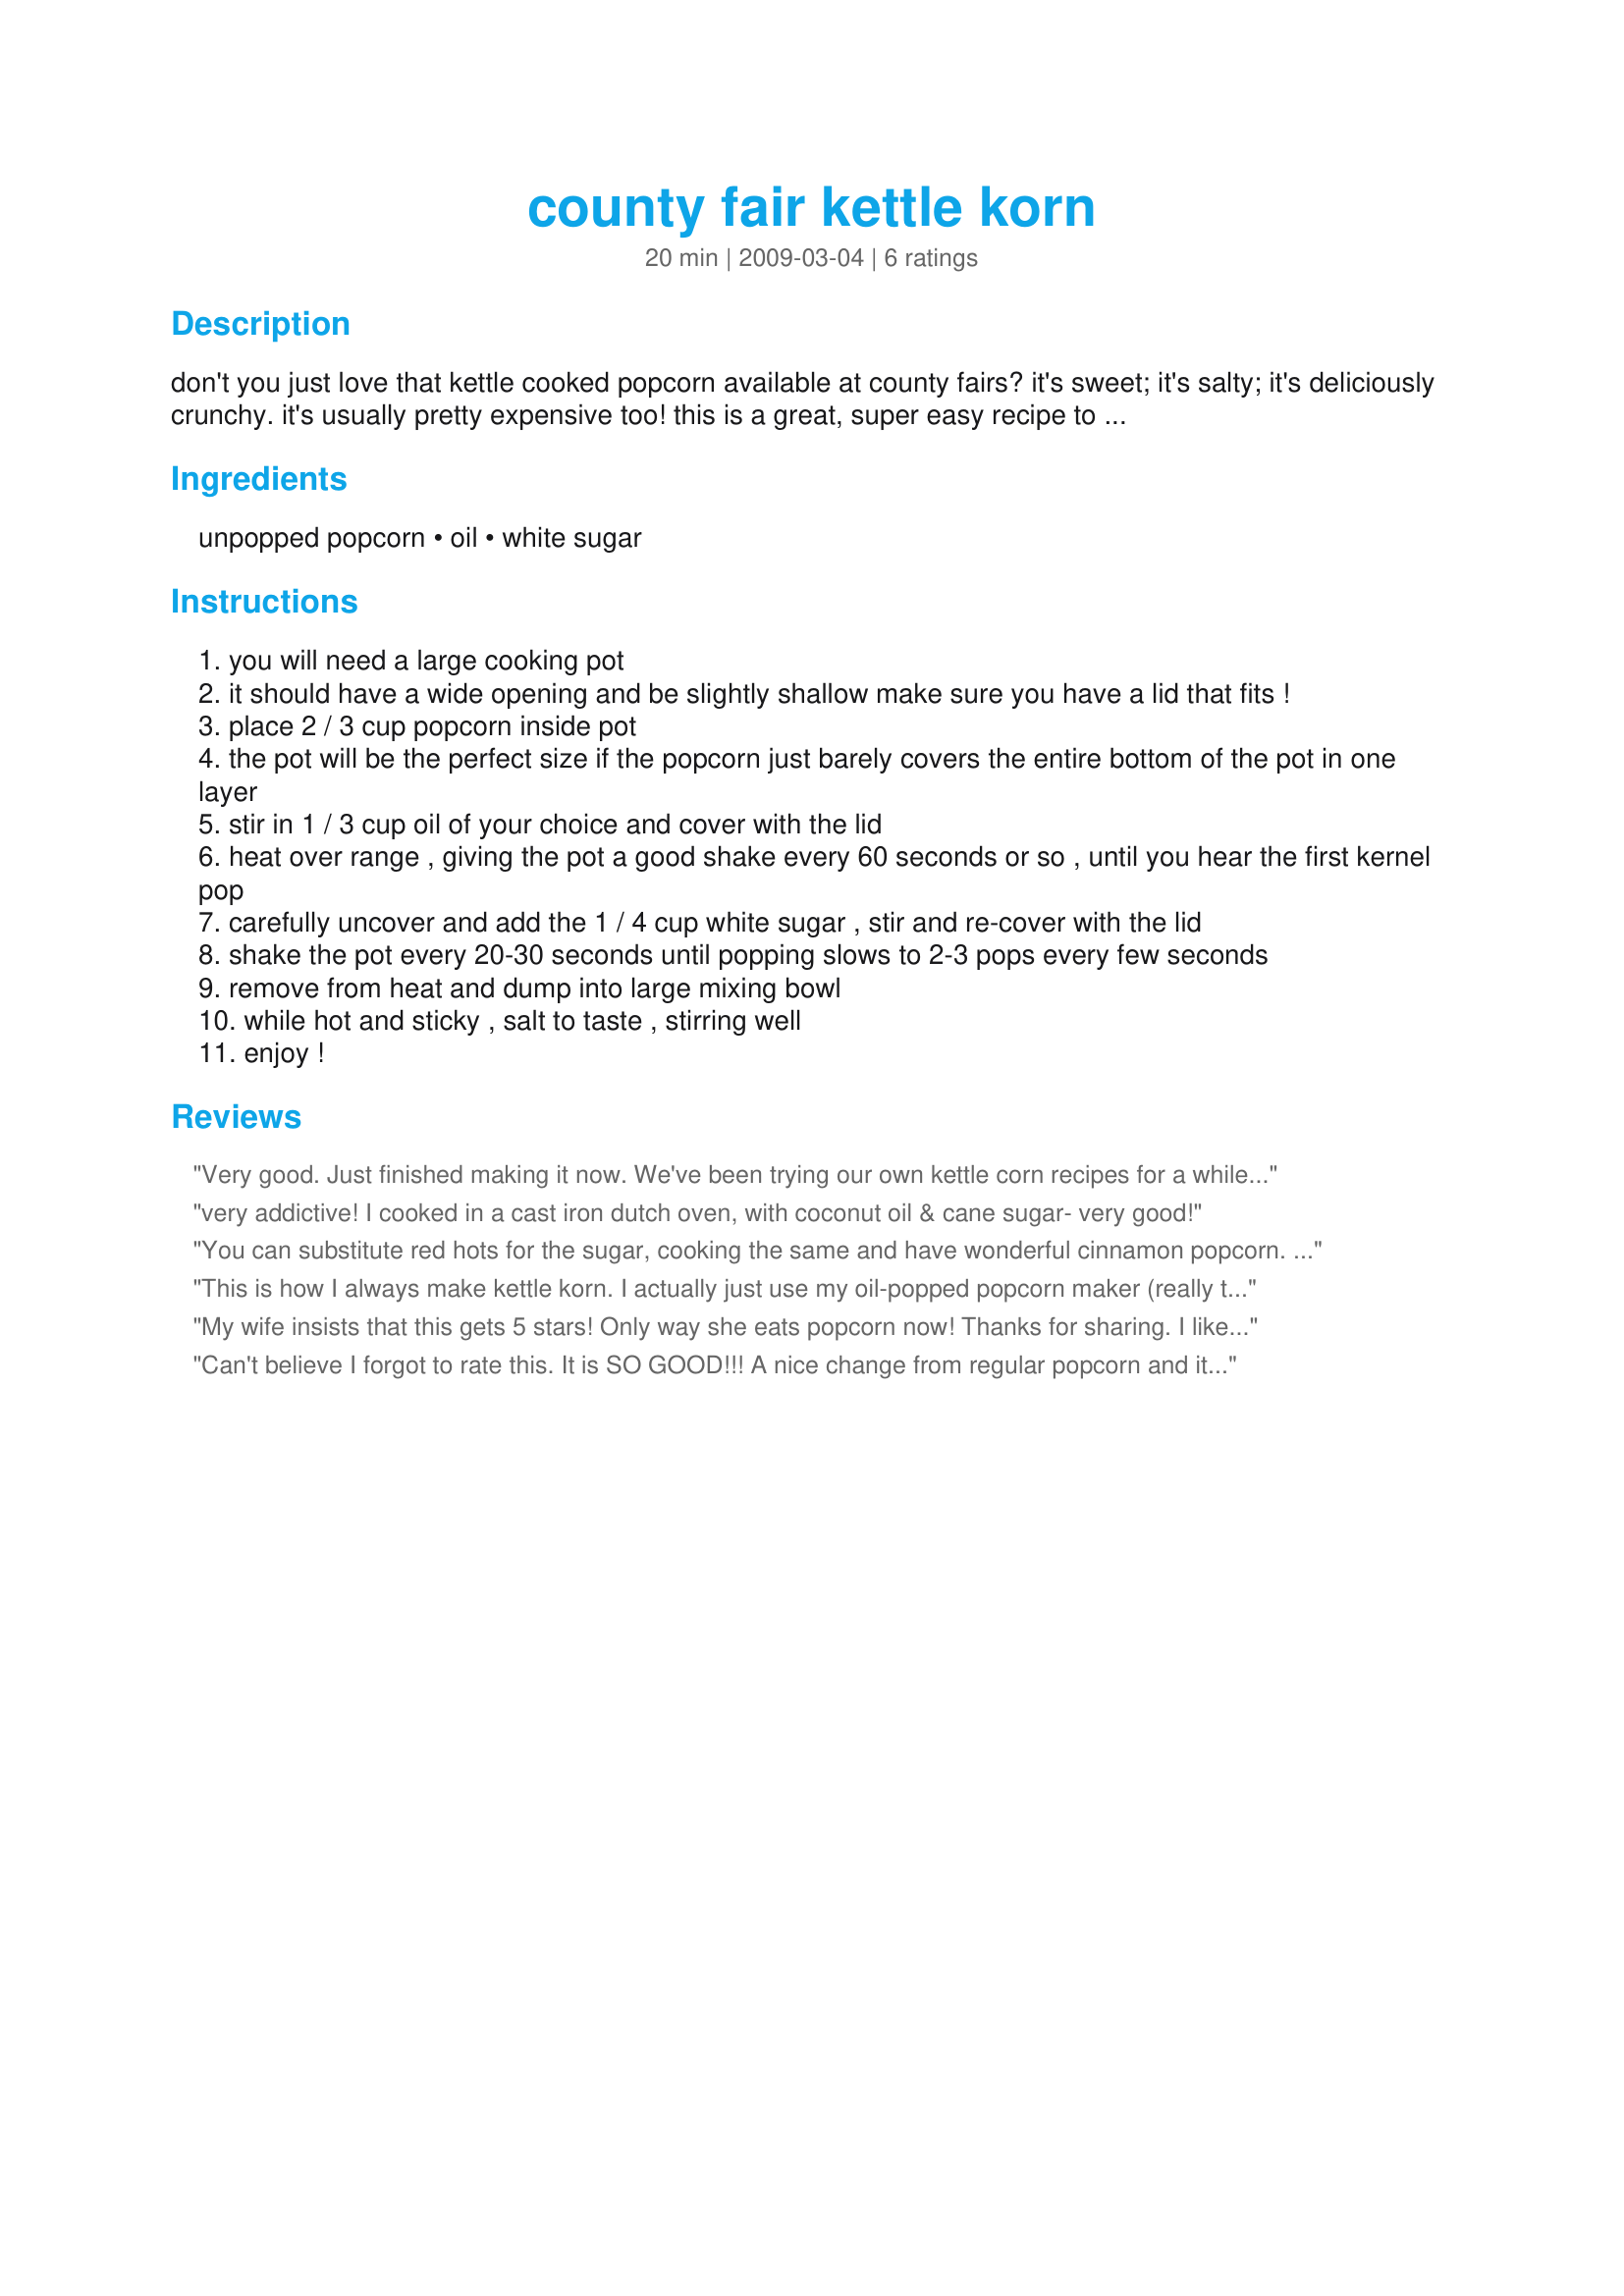
county fair kettle korn
Preparation time: 20 minutes

don't you just love that kettle cooked popcorn available at county fairs? it's sweet; it's salty; it's deliciously crunchy. it's usually pretty expensive too! this is a great, super easy recipe to make it yourself - just like you enjoy at the fair - with only 3 ingredients! i ran across a similar recipe years ago online and tweaked it a bit... in other words, perfected it. i hope you enjoy!

Ingredients:
unpopped popcorn, oil, white sugar

Steps:
you will need a large cooking pot
it should have a wide opening and be slightly shallow make sure you have a lid that fits !
place 2 / 3 cup popcorn inside pot
the pot will be the perfect size if the popcorn just barely covers the entire bottom of the pot in one layer
stir in 1 / 3 cup oil of your choice and cover with the lid
heat over range , giving the pot a good shake every 60 seconds or so , until you hear the first kernel pop
carefully uncover and add the 1 / 4 cup white sugar , stir and re-cover with the lid
shake the pot every 20-30 seconds until popping slows to 2-3 pops every few seconds
remove from heat and dump into large mixing bowl
while hot and sticky , salt to taste , stirring well
enjoy !

Reviews:
Very good. Just finished making it now. We've been trying our own kettle corn recipes for a while and its kind of a hit and miss. Your recipe was easy is really yummy.
I'd better go finish the bowl... :)
very addictive! I cooked in a cast iron dutch oven, with coconut oil & cane sugar- very good!
You can substitute red hots for the sugar, cooking the same and have wonderful cinnamon popcorn. It burns very easily so do not add until after the first kernel has popped.
This is how I always make kettle korn. I actually just use my oil-popped popcorn maker (really the same thing as popping it on the stove, except it does the stirring/shaking for you.
My wife insists that this gets 5 stars! Only way she eats popcorn now! Thanks for sharing. I like to add a little cayenne pepper ( 1/4 tsp ) when I pop it for just me !
EDIT 08/28/2009.
I use a deep chefs pan for this, works perfect!
Can't believe I forgot to rate this. It is SO GOOD!!! A nice change from regular popcorn and it does taste just like the kind you get at craft and country fairs! If I make a lot of this, I will wash the pan after each batch or two or it will start to burn. This works great in a Whirly Pop popcorn maker.
